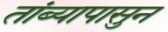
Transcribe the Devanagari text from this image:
तांब्यापासुन